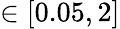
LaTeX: \in[0.05,2]